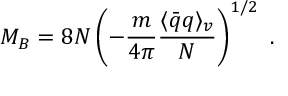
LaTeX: M _ { B } = 8 N \left( - \frac { m } { 4 \pi } \frac { \langle \bar { q } q \rangle _ { v } } { N } \right) ^ { 1 / 2 } \ .